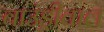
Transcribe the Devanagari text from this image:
बाउंड्रीवाल